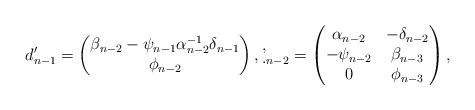
LaTeX: \begin{align*}d'_{n-1}=\begin{pmatrix}\beta_{n-2}-\psi_{n-1}\alpha_{n-2}^{-1} \delta_{n-1}\\\phi_{n-2}\end{pmatrix}, \d'_{n-2}=\begin{pmatrix}\alpha_{n-2} &-\delta_{n-2}\\-\psi_{n-2} &\beta_{n-3}\\0 & \phi_{n-3}\end{pmatrix},\end{align*}